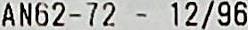
AN62-72 - 12/96